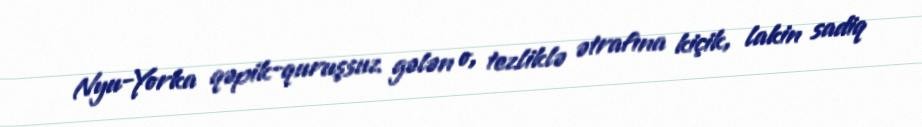
Nyu-Yorka qəpik-quruşsuz gələn o, tezliklə ətrafına kiçik, lakin sadiq